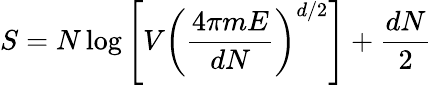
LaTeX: S=N\log\left[V\left(\frac{4\pi mE}{dN}\right)^{d/2}\right]+\frac{dN}{2}